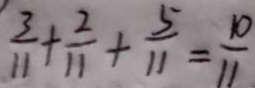
\frac { 3 } { 1 1 } + \frac { 2 } { 1 1 } + \frac { 5 } { 1 1 } = \frac { 1 0 } { 1 1 }